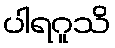
ပါရဂူသိ